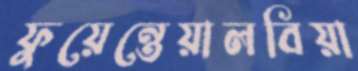
ফুয়েন্তেয়ালবিয়া